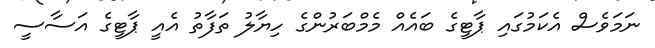
ނަމަވެސް އެކަމުގައި ޕާޓީގެ ބައެއް މެމްބަރުންގެ ހިޔާލު ތަފާތު އެއީ ޕާޓީގެ އަސާސީ